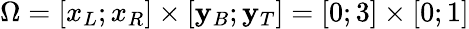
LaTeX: \Omega=[x_{L};x_{R}]\times[\mathbf{y}_{B};\mathbf{y}_{T}]=[0;3]\times[0;1]